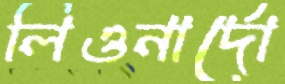
লিওনার্দো